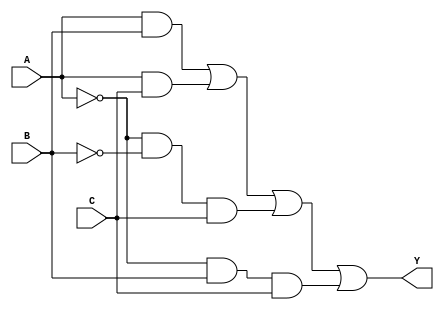
module three_variable_kmap(
    input wire A,    // First input variable
    input wire B,    // Second input variable
    input wire C,    // Third input variable
    output wire Y    // Output of the combinational logic
);

    // Combinational logic using always block
    assign Y = (A & B) | (A & C) | (~A & ~B & C) | (~A & B & C);

endmodule